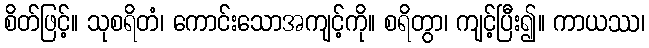
စိတ်ဖြင့်။ သုစရိတံ၊ ကောင်းသောအကျင့်ကို။ စရိတွာ၊ ကျင့်ပြီး၍။ ကာယဿ၊